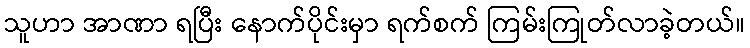
သူဟာ အာဏာ ရပြီး နောက်ပိုင်းမှာ ရက်စက် ကြမ်းကြုတ်လာခဲ့တယ်။